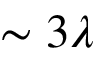
\sim 3 \lambda